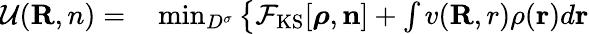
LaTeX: \begin{array}{rl}{{\cal U}({\mathbf R,n})=}&{{}\operatorname*{min}_{D^{\sigma}}\left\{ {\cal F}_{\mathrm{KS}}[{\boldsymbol\rho},{\mathbf n}]+\int v({\mathbf R,r})\rho({\mathbf r})d{\mathbf r}\right.}\end{array}